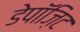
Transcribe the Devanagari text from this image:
डेपॉज़िट